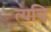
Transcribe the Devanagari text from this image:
त्यचि